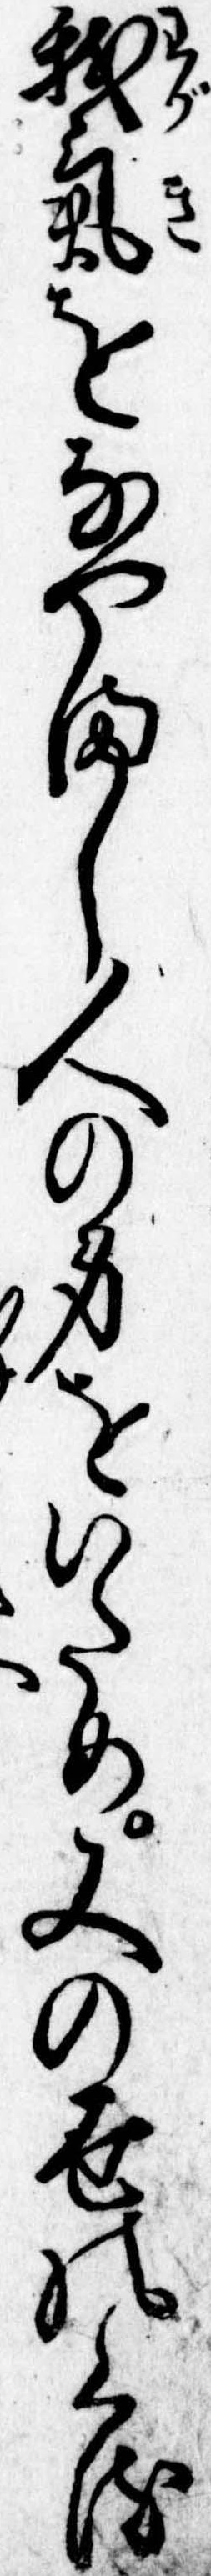
我気をなやまし人の身をいため又の世のくる